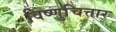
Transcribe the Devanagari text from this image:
विष्णुचित्तार